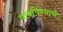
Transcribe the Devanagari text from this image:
थांबविण्याचे